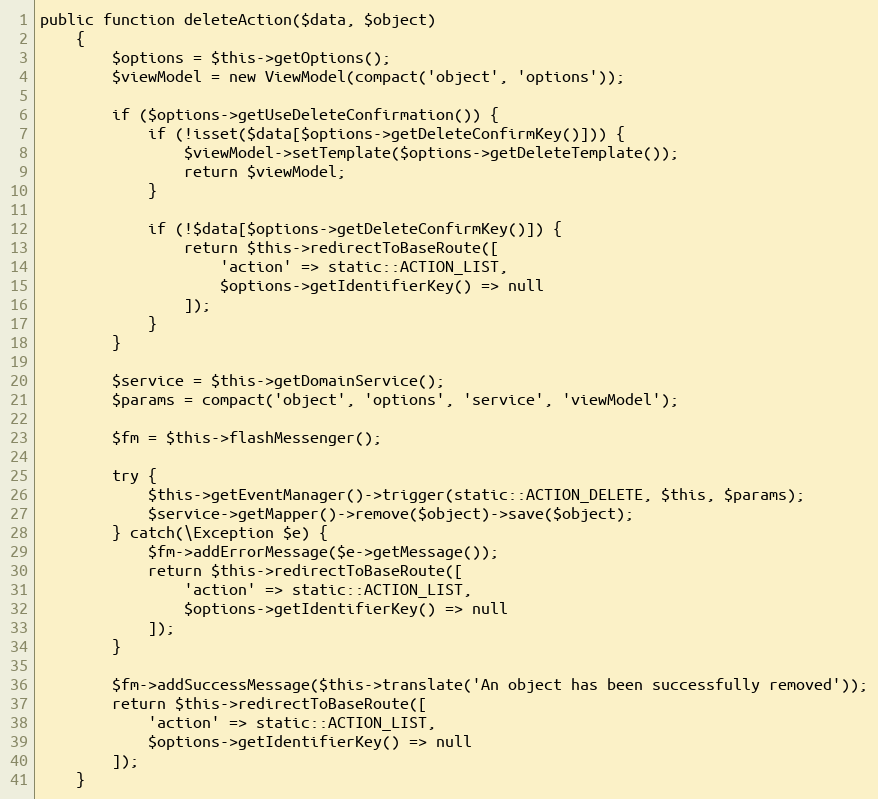
Language: PHP
public function deleteAction($data, $object)
    {
        $options = $this->getOptions();
        $viewModel = new ViewModel(compact('object', 'options'));

        if ($options->getUseDeleteConfirmation()) {
            if (!isset($data[$options->getDeleteConfirmKey()])) {
                $viewModel->setTemplate($options->getDeleteTemplate());
                return $viewModel;
            }

            if (!$data[$options->getDeleteConfirmKey()]) {
                return $this->redirectToBaseRoute([
                    'action' => static::ACTION_LIST,
                    $options->getIdentifierKey() => null
                ]);
            }
        }

        $service = $this->getDomainService();
        $params = compact('object', 'options', 'service', 'viewModel');

        $fm = $this->flashMessenger();

        try {
            $this->getEventManager()->trigger(static::ACTION_DELETE, $this, $params);
            $service->getMapper()->remove($object)->save($object);
        } catch(\Exception $e) {
            $fm->addErrorMessage($e->getMessage());
            return $this->redirectToBaseRoute([
                'action' => static::ACTION_LIST,
                $options->getIdentifierKey() => null
            ]);
        }

        $fm->addSuccessMessage($this->translate('An object has been successfully removed'));
        return $this->redirectToBaseRoute([
            'action' => static::ACTION_LIST,
            $options->getIdentifierKey() => null
        ]);
    }